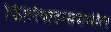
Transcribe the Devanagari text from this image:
फिलिपाइन्समधील